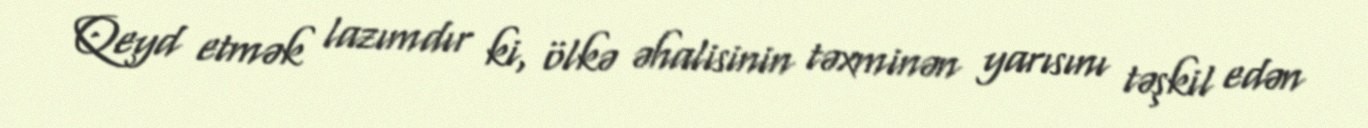
Qeyd etmək lazımdır ki, ölkə əhalisinin təxminən yarısını təşkil edən